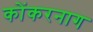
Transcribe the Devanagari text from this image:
कोंकरनाग